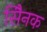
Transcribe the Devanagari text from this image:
सैिनक